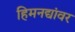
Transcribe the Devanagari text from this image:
हिमनद्यांवर